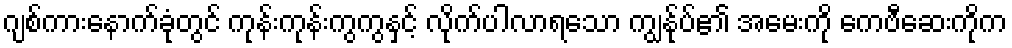
ဂျစ်ကားနောက်ခုံတွင် ကုန်းကုန်းကွကွနှင့် လိုက်ပါလာရသော ကျွန်ုပ်၏ အမေးကို ကေဗီဆေးကိုက